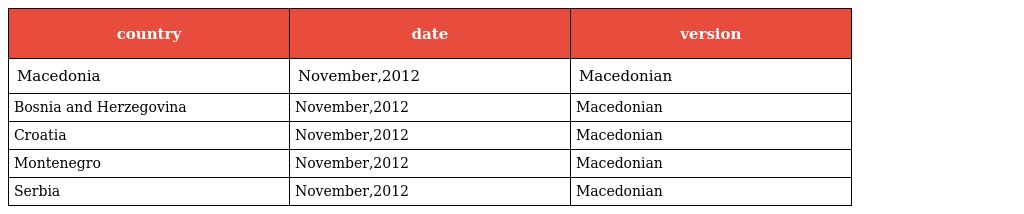
| country | date | version |
 | --- | --- | --- |
 | Macedonia | November,2012 | Macedonian |
 | Bosnia and Herzegovina | November,2012 | Macedonian |
 | Croatia | November,2012 | Macedonian |
 | Montenegro | November,2012 | Macedonian |
 | Serbia | November,2012 | Macedonian |